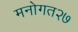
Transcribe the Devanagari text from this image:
मनोगत२७